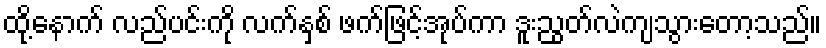
ထို့နောက် လည်ပင်းကို လက်နှစ် ဖက်ဖြင့်အုပ်ကာ ဒူးညွတ်လဲကျသွားတော့သည်။